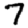
Digit: 7